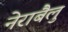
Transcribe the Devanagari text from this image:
नेराबैलु